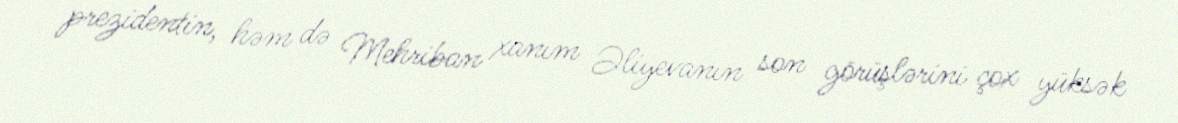
prezidentin, həm də Mehriban xanım Əliyevanın son görüşlərini çox yüksək